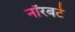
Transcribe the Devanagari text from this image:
नॉरबर्ट